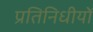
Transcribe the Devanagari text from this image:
प्रतिनिधीयों